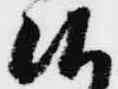
候